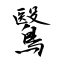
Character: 鷖